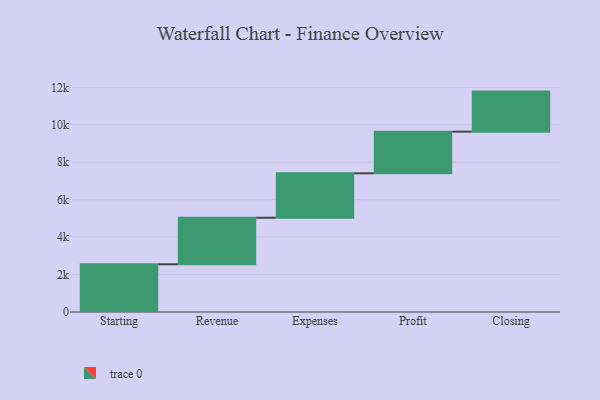
{"axis": {"x": "Step", "y": "Value"}, "legend": [""], "data": [{"x": "Starting", "y": 2549.0, "type": ""}, {"x": "Revenue", "y": 2488.0, "type": ""}, {"x": "Expenses", "y": 2372.0, "type": ""}, {"x": "Profit", "y": 2227.0, "type": ""}, {"x": "Closing", "y": 2139.0, "type": ""}]}